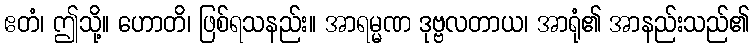
ဧတံ၊ ဤသို့။ ဟောတိ၊ ဖြစ်ရသနည်း။ အာရမ္မဏ ဒုဗ္ဗလတာယ၊ အာရုံ၏ အာနည်းသည်၏